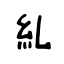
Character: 紭